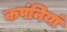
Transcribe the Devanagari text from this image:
कपंनियां